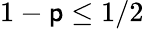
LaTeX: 1-\mathsf{p}\leq1/2